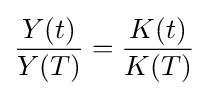
{\frac {Y(t)}{Y(T)}}={\frac {K(t)}{K(T)}}